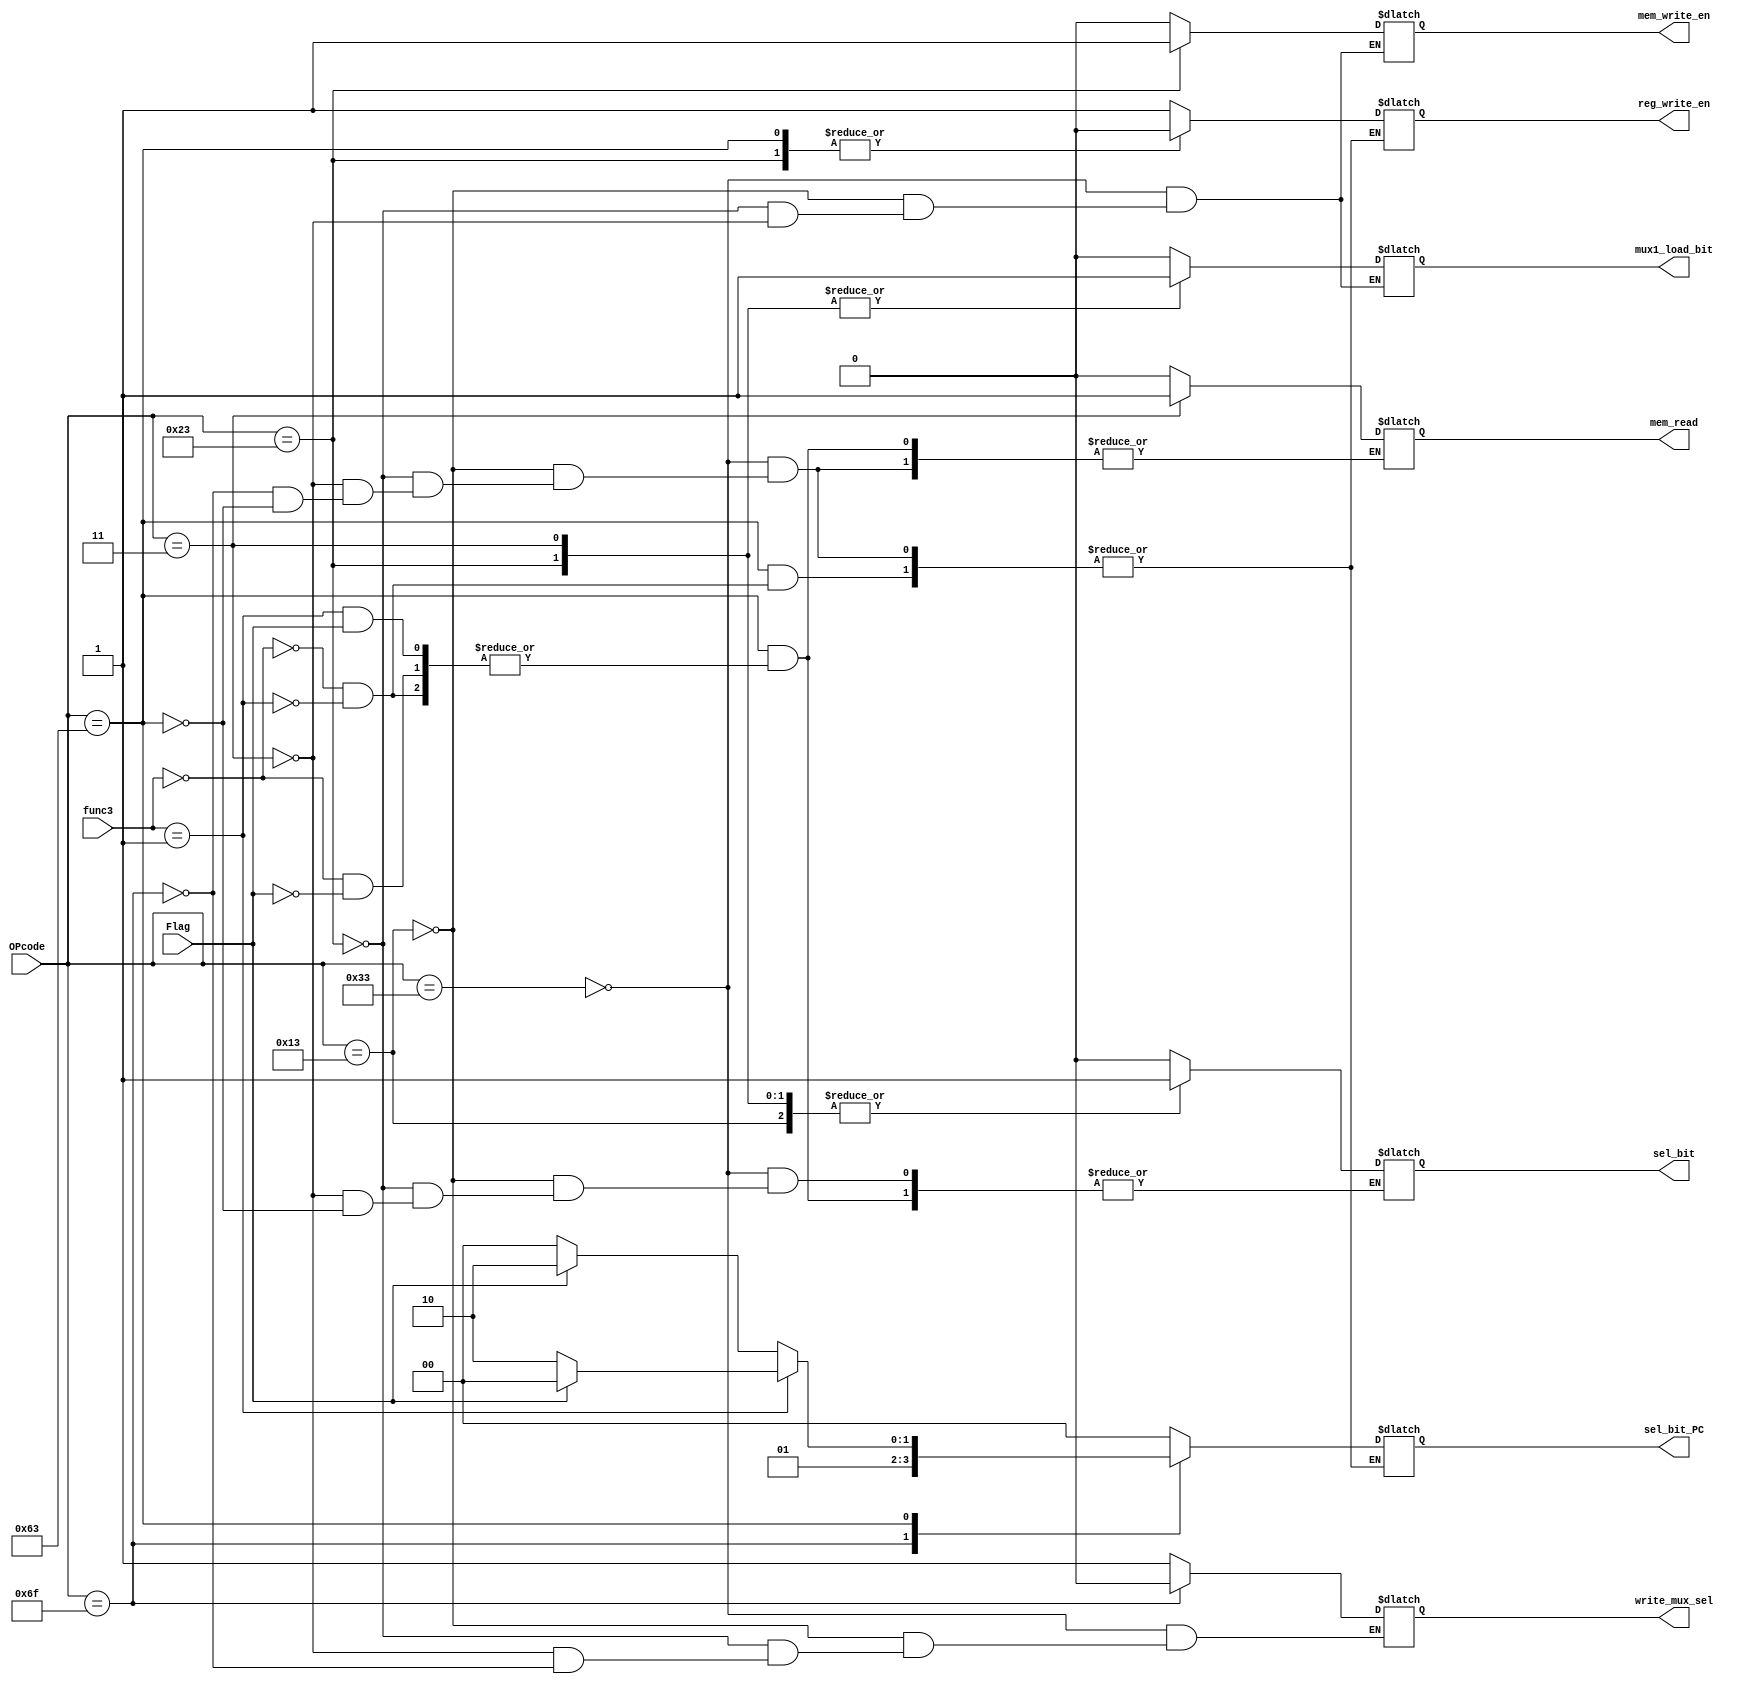
`timescale 1ns / 1ps
module Control_Unit(OPcode, Flag, func3, sel_bit, reg_write_en, mux1_load_bit, mem_write_en, mem_read, sel_bit_PC, write_mux_sel);
	input [6:0] OPcode;
	input Flag;
	input [2:0] func3;
	output reg sel_bit, reg_write_en, mux1_load_bit, mem_write_en, mem_read, write_mux_sel;
	output reg [1:0] sel_bit_PC;
	/* Control Unit controls all signal of Datapath. */
	always@(*) begin
		case(OPcode)
			7'b0110011: begin
							sel_bit <= 1'b0;
							reg_write_en <= 1'b1;
							mux1_load_bit <= 1'b0;
							mem_write_en <= 1'b0;
							mem_read <= 1'b0;		// R-Type Control Signals
							sel_bit_PC <= 2'b00;
							write_mux_sel <= 1'b1;
						end
			7'b0010011: begin
							sel_bit <= 1'b1;
							reg_write_en <= 1'b1;
							mux1_load_bit <= 1'b0;
							mem_write_en <= 1'b0;	// I-Type Control Signals
							mem_read <= 1'b0;
							sel_bit_PC <= 2'b00;
							write_mux_sel <= 1'b1;
						end
			7'b0100011: begin
							sel_bit <= 1'b1;
							reg_write_en <= 1'b0;
							mux1_load_bit <= 1'b1;
							mem_write_en <= 1'b1;	// SW Control Signals
							mem_read <= 1'b0;
							sel_bit_PC <= 2'b00;
							write_mux_sel <= 1'b1;
						end
			7'b0000011: begin
							sel_bit <= 1'b1;
							reg_write_en <= 1'b1;
							mux1_load_bit <= 1'b1; // LW Control Signals
							mem_write_en <= 1'b0;
							mem_read <= 1'b1;
							sel_bit_PC <= 2'b00;
							write_mux_sel <= 1'b1;
						end
			7'b1101111: begin
							reg_write_en <= 1'b1;
							sel_bit_PC <= 2'b01;	// J-Type Control Signals
							write_mux_sel <= 1'b0;
							mem_read <= 1'b0;
						end
			7'b1100011: begin
							case(func3)		// B-Type Control Signals
								3'b000: begin
											if(Flag == 1) begin
												sel_bit_PC <= 2'b10;
												reg_write_en <= 1'b0;
												sel_bit <= 1'b0;
												mem_read <= 1'b0;
											end else begin
												sel_bit_PC <= 2'b00;
												reg_write_en <= 1'b0;
											end
										end
								3'b001: begin
											if(Flag == 0) begin
												sel_bit_PC <= 2'b10;
												reg_write_en <= 1'b0;
												sel_bit <= 1'b0;
												mem_read <= 1'b0;
											end else begin
												sel_bit_PC <= 2'b00;
												reg_write_en <= 1'b0;
											end
										end
							endcase
						end
		endcase
	end
endmodule